Lunatic asylums Bombay report 1878-1890 - 1878-1890
Year: 1878
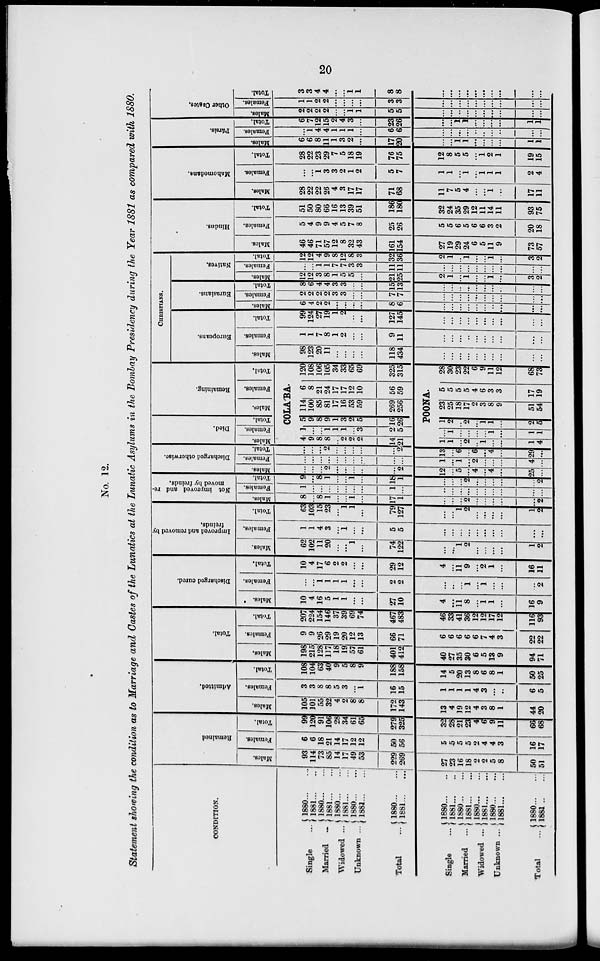
20
No. 12.
Statement showing the condition as to Marriage and Castes of the Lunatics at the Lunatic Asylums in the Bombay Presidency during the Year 1881 as compared with 1880.
CONDITION.
Single ...
Married ...
Widowed ...
Unknown ...
Total
...
1880 ... ...
1881 ... ...
1880 ... ...
1881 ... ...
1880 ... ...
1881 ... ...
1880 ... ...
1881 ... ...
1880 ... ...
1881 ... ...
Single
...
Married
...
Widowed
...
Unknown ...
Total
...
1880 ... ...
1881 ... ...
1880 ... ...
1881 ... ...
1880 ... ...
1881 ... ...
1880 ... ...
1881 ... ...
1880 ... ...
1881 ... ...
Remained
Males.
93
114
73
85
14
17
49
53
229
269
27
23
16
18
2
2
5
8
50
51
Females.
6
6
18
21
14
17
12
12
50
56
5
5
5
5
2
4
4
3
16
17
Total.
99
120
91
106
28
34
61
65
279
325
32
28
21
23
4
6
9
11
66
68
Admitted.
Males.
105
101
55
32
4
2
8
8
172
143
13
4
19
12
4
3
8
1
44
20
Females.
3
3
8
8
5
3
...
1
16
15
1
1
1
1
4
3
...
...
6
5
Total.
108
104
63
40
9
5
8
9
188
158
14
5
20
13
8
6
8
1
50
25
Total.
Males.
198
215
128
117
18
19
57
61
401
412
40
27
35
30
6
5
13
9
94
71
Females.
9
9
26
29
19
20
12
13
66
71
6
6
6
6
6
7
4
3
22
22
Total.
207
224
154
146
37
39
69
74
467
483
46
33
41
36
12
12
17
12
116
93
Discharged cured.
Males.
10
4
16
5
1
1
...
...
27
10
4
...
11
8
...
1
1
...
16
9
Females.
...
...
1
1
1
1
...
...
2
2
...
...
...
1
...
1
...
...
...
2
Total.
10
4
17
6
2
2
...
...
29
12
4
...
11
9
...
2
1
...
16
11
Improved and removed by
freinds.
Males.
62
102
11
20
...
...
1
...
74
122
...
...
1
2
...
...
...
...
1
2
Females.
5 1
1
4
3
...
1
...
...
5
5
...
...
...
...
...
...
...
...
...
...
Total.
63
103
19
23
...
1
1
...
79
127
...
...
1
2
...
...
...
...
1
2
Not improved and re-
moved by freinds.
Males.
8
...
8
1
...
...
1
...
17
1
...
...
...
2
...
...
...
...
...
2
Females.
1
...
...
...
...
...
...
...
1
...
...
...
...
...
...
...
...
...
...
...
Total.
9
...
8
1
...
...
1
...
18
1
...
...
...
...
...
...
...
...
...
2
Discharged otherwise.
Males.
...
...
...
2
...
...
...
...
...
2
12
...
5
...
4
...
4
...
25
...
Females.
...
...
...
...
...
...
...
...
...
...
1
...
1
...
2
...
...
...
4
...
Total.
...
...
...
2
...
...
...
...
...
2
13
...
6
...
6
...
4
...
9
...
Died.
Males.
Females.
Total.
Remaining.
Males.
Females.
Total.
COLA'BA.
4
9
8
8
...
2
2
2
14
21
1
...
...
1
1
1
...
3
2
5
5
9
8
9
1
3
2
5
16
26
114
100
85
81
17
16
53
59
269
256
6
8
21
24
17
17
12
10
56
59
120
108
106
105
34
33
65
69
325
315
POONA.
1
1
...
2
...
1
...
...
1
4
...
1
...
...
...
...
1
...
1
1
1
2
...
2
...
1
1
...
2
5
23
25
18
17
2
3
8
9
51
54
5
5
5
5
4
6
3
3
17
19
28
30
23
22
6
9
11
12
68
73
CHRITIANS.
Europeans.
Males.
98
123
20
11
...
...
...
...
118
434
...
...
...
...
...
...
...
...
...
...
Females.
1
1
7
8
1
2
...
...
9
11
...
...
...
...
...
...
...
...
...
...
Total.
99
124
27
19
1
2
...
...
127
145
...
...
...
...
...
...
...
...
...
...
Eurasians.
Males.
6
4
2
2
...
...
...
...
8
6
...
...
...
...
...
...
...
...
...
...
Females.
2
2
2
2
3
3
...
...
7
7
...
...
...
...
...
...
...
...
...
...
Total.
8
6
4
4
3
3
...
...
15
13
...
...
...
...
...
...
...
...
...
...
Natives.
Males.
12
12
3
8
1
5
5
...
21
25
2
1
...
1
...
...
1
...
3
2
Females.
...
...
1
1
7
7
3
3
11
11
...
...
...
...
...
...
...
...
...
...
Total.
12
12
4
9
8
12
8
3
32
36
2
1
...
1
...
...
1
...
3
2
Hindus.
Males.
46
46
71
57
12
8
32
43
161
154
27
19
29
24
6
5
11
9
73
57
Females.
5
4
9
9
4
5
7
8
25
26
5
5
6
5
6
6
3
2
20
18
Total.
51
50
80
66
16
13
39
51
186
180
32
24
35
29
12
11
14
11
93
75
Mahomedane.
Males.
28
22
22
26
4
3
17
17
71
68
11
7
5
4
...
...
1
...
17
11
Females.
...
...
1
3
3
2
1
2
5
7
1
1
...
1
...
1
1
1
2
4
Total.
28
22
23
29
7
5
18
19
76
75
12
8
5
5
...
1
2
1
19
15
Pársis.
Males.
6
6
8
11
1
3
2
...
17
20
...
...
1
1
...
...
...
...
1
1
Females.
...
1
4
4
1
1
1
...
6
6
...
...
...
...
...
...
...
...
...
...
Total.
6
7
12
15
2
4
3
...
23
26
...
...
1
1
...
...
...
...
1
1
Other Castes,
Males.
2
2
2
2
...
...
1
1
5
5
...
...
...
...
...
...
...
...
...
...
Females.
1
1
2
2
...
...
...
...
3
3
...
...
...
...
...
...
...
...
...
...
Total.
3
3
4
4
...
...
1
1
8
8
...
...
...
...
...
...
...
...
...
...